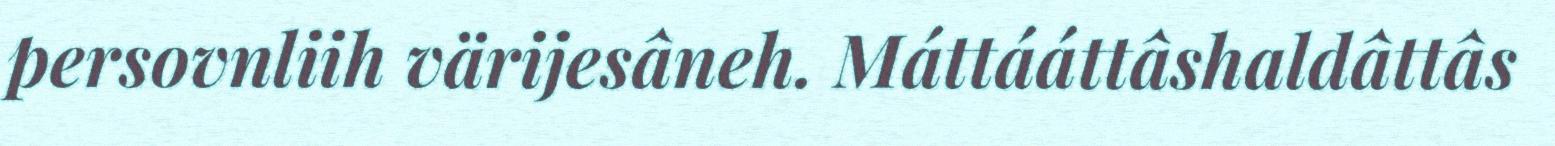
persovnliih värijesâneh. Máttááttâshaldâttâs